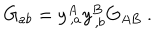
G _ { a b } = y _ { \, , a } ^ { A } y _ { \, , b } ^ { B } G _ { A B } ~ .